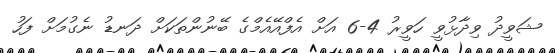
ޝަވީދު ވިދާޅުވީ ހަވީރު 4-6 އަށް އެފްއޭއެމްގެ ބޭނުންތަކަށް ދަނޑު ނެގުމަށް ފަހު